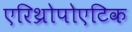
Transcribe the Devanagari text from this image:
एरिथ्रोपोएटिक